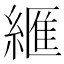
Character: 𦃶